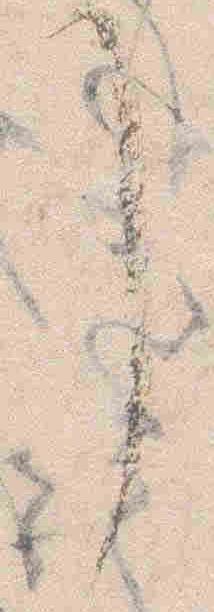
了